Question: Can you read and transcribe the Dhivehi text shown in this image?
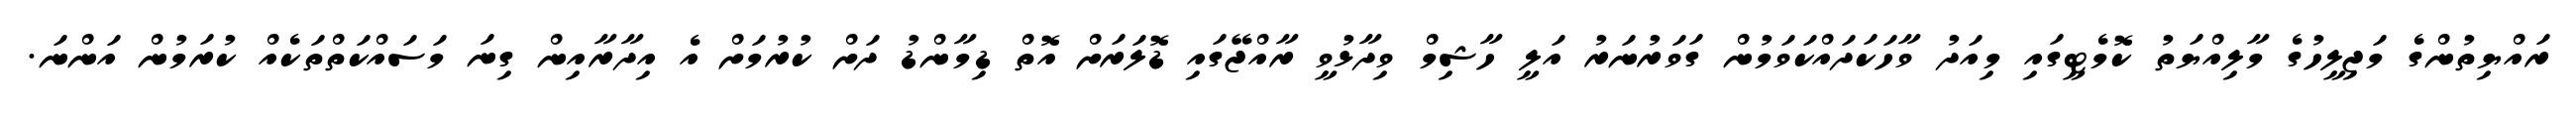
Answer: ރައްޔިތުންގެ މަޖިލީހުގެ މާލިއްޔަތު ކޮމެޓީގައި މިއަދު ވާހަކަދައްކަވަމުން ގަވަރުނަރު އަލީ ހާޝިމް ވިދާޅުވީ ރާއްޖޭގައި ޑޮލަރަށް އޮތް ޑިމާންޑު ދަށް ކުރުމަށް އެ އިދާރާއިން ގިނަ މަސައްކަތްތަކެއް ކުރަމުން އަންނަ.